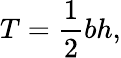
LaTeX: T={\frac{1}{2}}bh,